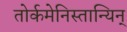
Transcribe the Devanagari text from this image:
तोर्कमेनिस्तान्यिन्